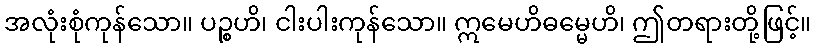
အလုံးစုံကုန်သော။ ပဉ္စဟိ၊ ငါးပါးကုန်သော။ ဣမေဟိဓမ္မေဟိ၊ ဤတရားတို့ဖြင့်။